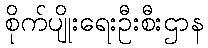
စိုက်ပျိုးရေးဦးစီးဌာန